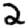
Digit: 2